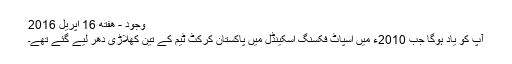
وجود - هفته 16 اپریل 2016
آپ کو یاد ہوگا جب 2010ء میں اسپاٹ فکسنگ اسکینڈل میں پاکستان کرکٹ ٹیم کے تین کھلاڑی دھر لیے گئے تھے۔